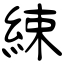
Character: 綀